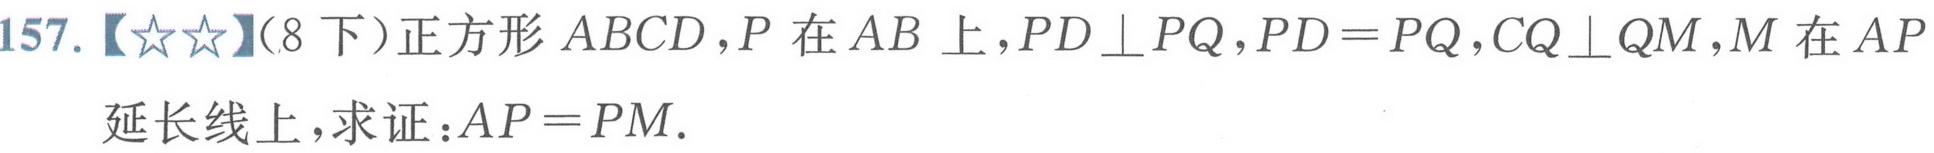
157.【★★】(8 下）正方形 \(ABCD\)，\(P\)在 \(AB\)上，\(PD\perp PQ\)，\(PD = PQ\)，\(CQ\perp QM\)，\(M\)在 \(AP\)延长线上，求证：\(AP = PM\).